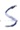
Text: S